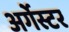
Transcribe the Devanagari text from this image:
अर्गेस्टर